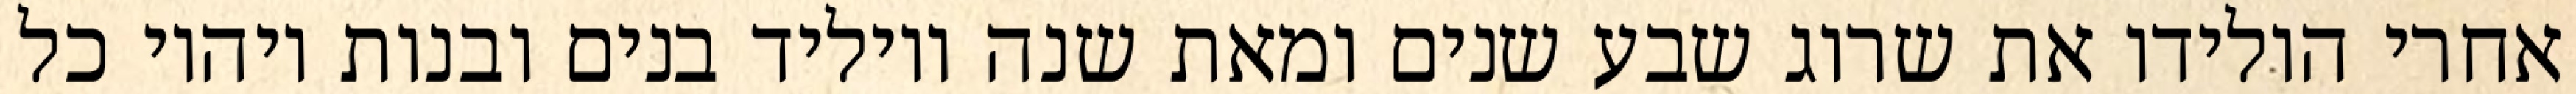
אחרי הולידו את שרוג שבע שנים ומאת שנה ויוליד בנים ובנות ויהיו כל